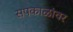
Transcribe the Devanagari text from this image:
सपकाळांवर